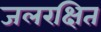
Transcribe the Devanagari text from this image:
जलरक्षित